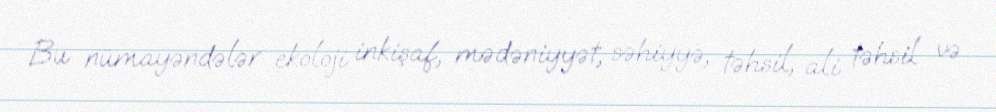
Bu nümayəndələr ekoloji inkişaf, mədəniyyət, səhiyyə, təhsil, ali təhsil və